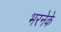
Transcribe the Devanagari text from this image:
भरनेके